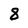
Character: 8